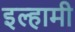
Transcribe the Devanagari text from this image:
इल्हामी